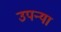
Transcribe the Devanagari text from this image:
उपन्या